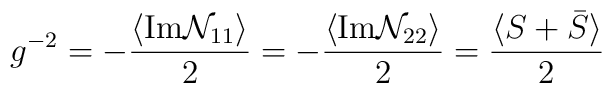
g^{-2}=-\frac{ \langle\textrm{Im} \mathcal{N}_{11} \rangle}{2}=-\frac{\langle \textrm{Im}\mathcal{N}_{22} \rangle}{2} = \frac{\langle S+\bar{S} \rangle}{2}